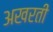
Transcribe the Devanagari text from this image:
अखरती